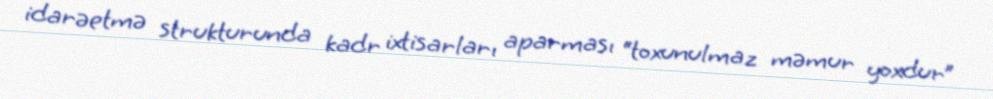
idarəetmə strukturunda kadr ixtisarları aparması “toxunulmaz məmur yoxdur”